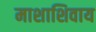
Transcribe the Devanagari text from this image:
माशाशिवाय